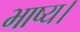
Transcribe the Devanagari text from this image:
भाष्य।